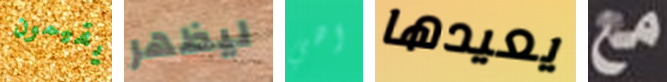
يقيمون ليظهر اهي يعيدها مع